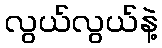
လွယ်လွယ်နဲ့